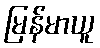
မြန်မာယူ